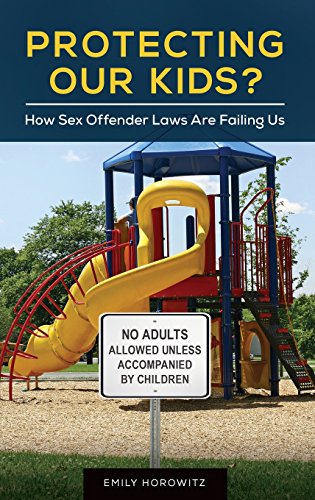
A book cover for Protecting Our Kids?: How Sex Offender Laws Are Failing Us; Emily Horowitz Ph.D.; Law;